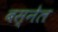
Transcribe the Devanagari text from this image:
बस्नेल